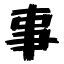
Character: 事